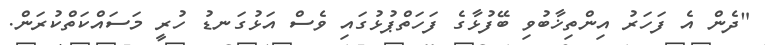
"ދެން އެ ފަހަރު އިންތިޚާބުވި ބޭފުޅާގެ ފަހަތްޕުޅުގައި ވެސް އަޅުގަނޑު ހުރީ މަސައްކަތްކުރަން.